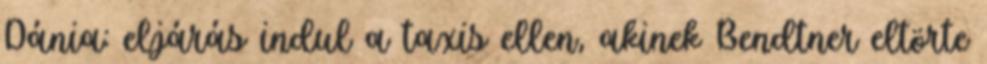
Dánia: eljárás indul a taxis ellen, akinek Bendtner eltörte